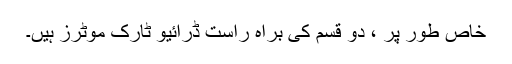
خاص طور پر ، دو قسم کی براہ راست ڈرائیو ٹارک موٹرز ہیں۔